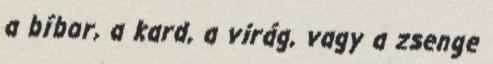
a bíbor, a kard, a virág, vagy a zsenge